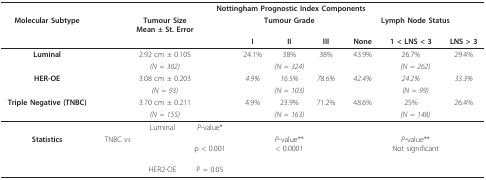
<table><thead><tr><td></td><td colspan="9"><b>Nottingham Prognostic Index Components</b></td></tr><tr><td><b>Molecular Subtype</b></td><td colspan="3"><b>Tumour SizeMean ± St. Error</b></td><td colspan="3"><b>Tumour Grade</b></td><td colspan="3"><b>Lymph Node Status</b></td></tr><tr><td></td><td></td><td></td><td></td><td><b>I</b></td><td><b>II</b></td><td><b>III</b></td><td><b>None</b></td><td><b>1 &lt; LNS &lt; 3</b></td><td><b>LNS &gt; 3</b></td></tr></thead><tbody><tr><td><b>Luminal</b></td><td colspan="3">2.92 cm ± 0.105</td><td>24.1%</td><td>38%</td><td>38%</td><td>43.9%</td><td>26.7%</td><td>29.4%</td></tr><tr><td></td><td colspan="3"><i>(N = 302)</i></td><td colspan="3"><i>(N = 324)</i></td><td colspan="3"><i>(N = 262)</i></td></tr><tr><td><b>HER-OE</b></td><td colspan="3">3.08 cm ± 0.203</td><td><i>4.9%</i></td><td><i>16.5%</i></td><td><i>78.6%</i></td><td><i>42.4%</i></td><td><i>24.2%</i></td><td><i>33.3%</i></td></tr><tr><td></td><td colspan="3"><i>(N = 93)</i></td><td colspan="3"><i>(N = 103)</i></td><td colspan="3"><i>(N = 99)</i></td></tr><tr><td><b>Triple Negative (TNBC)</b></td><td colspan="3">3.70 cm ± 0.211</td><td>4.9%</td><td>23.9%</td><td>71.2%</td><td>48.6%</td><td>25%</td><td>26.4%</td></tr><tr><td></td><td colspan="3"><i>(N = 155)</i></td><td colspan="3"><i>(N = 163)</i></td><td colspan="3"><i>(N = 148)</i></td></tr><tr><td></td><td></td><td>Luminal</td><td><i>P</i>-value*</td><td></td><td></td><td></td><td></td><td></td><td></td></tr><tr><td><b>Statistics</b></td><td>TNBC<i> vs</i></td><td></td><td>p &lt; 0.001</td><td colspan="3"><i>P</i>-value**&lt; 0.0001</td><td colspan="3"><i>P</i>-value**Not significant</td></tr><tr><td></td><td></td><td>HER2-OE</td><td>P = 0.05</td><td></td><td></td><td></td><td></td><td></td><td></td></tr></tbody></table>